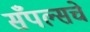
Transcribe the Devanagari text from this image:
सँपल्सचे